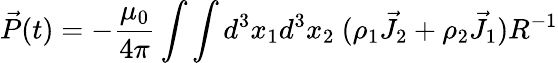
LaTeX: \vec{P}(t)=-\frac{\mu_{0}}{4\pi}\int\int d^{3}x_{1}d^{3}x_{2}~(\rho_{1}\vec{J}_{2}+\rho_{2}\vec{J}_{1})R^{-1}